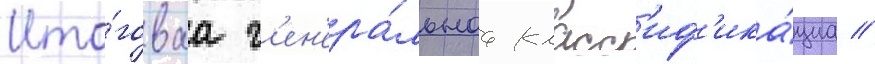
Ито́говаа г'ен'ера́льнаа класс'иф'ика́циа //